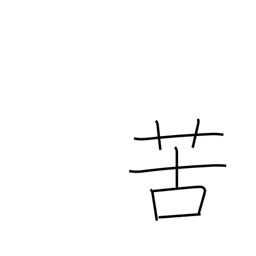
Meaning: feel bitter